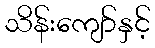
သိန်းကျော်နှင့်